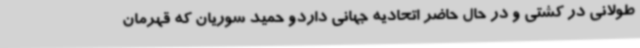
طولانی در کشتی و در حال حاضر اتحادیه جهانی داردو حمید سوریان که قهرمان